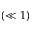
( \ll 1 )